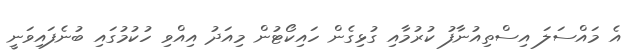
އެ މައްސަލަ އިސްތިއުނާފު ކުރުމާއި ގުޅިގެން ހައިކޯޓުން މިއަދު އިއްވި ހުކުމުގައި ބުނެފައިވަނީ